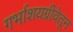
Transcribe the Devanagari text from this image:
गर्भाशयग्रीवेतून